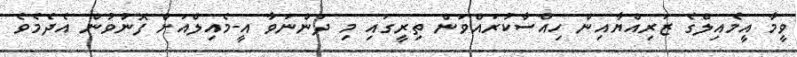
ވީމާ އީމެއިލްގެ ޒަރިއްޔާއިން ހިއްސާކުރައްވަން ތިރީގައި މި ދަންނަވާ އީ-މެއިލްއަށް ފޮނުވުން އެދެމެވެ